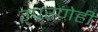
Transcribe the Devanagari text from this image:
उपरणेही